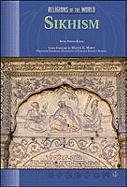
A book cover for Sikhism (Rel O/T Wld) (Religions of the World (Chelsea House Hardcover)); Kristen Haar; Teen & Young Adult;